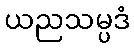
ယညသမ္ပဒံ